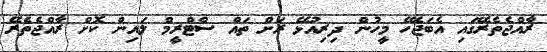
ރާއްޖެތެރޭގައި އެބަޖެހޭ މީހުން ދިރިއުޅޭ ރަށް ތައް ސްޓްރީމް ލައިން ކޮށް ރާއްޖެތެރޭ